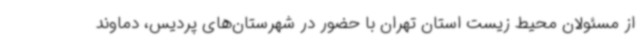
از مسئولان محیط زیست استان تهران با حضور در شهرستان‌های پردیس، دماوند